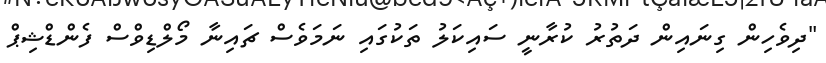
"ދިވެހިން ގިނައިން ދަތުރު ކުރާނީ ސައިކަލު ތަކުގައި ނަމަވެސް ޗައިނާ މޯލްޑިވްސް ފެންޑްޝިޕް